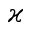
\varkappa